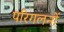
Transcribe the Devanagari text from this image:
परिगलनों